Annual report of the Punjab Veterinary College and of the Civil Veterinary Department, Punjab - 1926-1932
Year: 1926
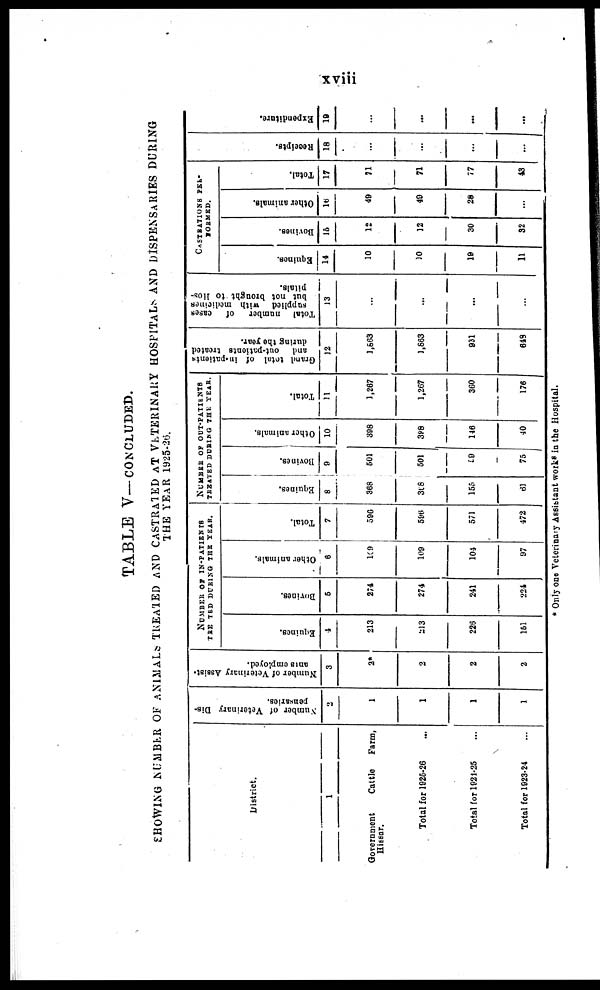
xviii
TABLE V—CONCLUDED.
SHOWING NUMBER OF ANIMALS TREATED AND CASTRATED AT VETERINARY HOSPITALS AND
THE YEAR 1925-26.
District.
1
Government
Cattle
Farm,
Hissar.
Total for 1925-26 ...
Total for 1921-25 ...
Total for 1923-24 ...
Number of Veterinary Dis-
pensaries.
2
1
1
1
1
Number of Veterinary Assist-
ants employed.
3
2*
2
2
2
NUMBER OF IN-PATIENTS
THEATED DURING THE YEAR.
Equi nes .
4
213
213
226
161
Bovines.
6
274
274
241
224
Ot her animals.
6
109
109
104
97
Tot al .
7
590
596
571
472
NUMBER OF OUT-PATIENTS
THEATED DURING THE YEAR.
Equi nes .
8
368
368
155
61
Bovines.
9
501
501
59
76
Ot her animals.
10
398
3C8
146
40
Tot al .
11
1,267
1,267
360
176
Gr a nd total of in-patients
and out-patients treated
during the year.
12
1,663
1,863
931
648
Tot al n u m b e r of cas es
supplied with medicines
but not brought to Hos-
pitals.
13
...
...
...
...
CASTRATION PEL-
FORMED.
Equi nes .
14
10
10
19
11
Bovi nes .
15
12
12
30
32
Ot her animals.
16
49
49
28
Tot al .
17
71
71
77
43
Receipts.
18
Expe ndi t
ur e .
19
...
...
...
* Only one Veterinary Assistant works in the Hospital.